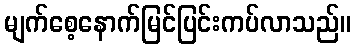
မျက်စေ့နောက်မြင်ပြင်းကပ်လာသည်။